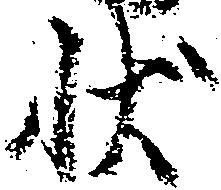
状